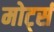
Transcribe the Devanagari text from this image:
मोर्ट्स